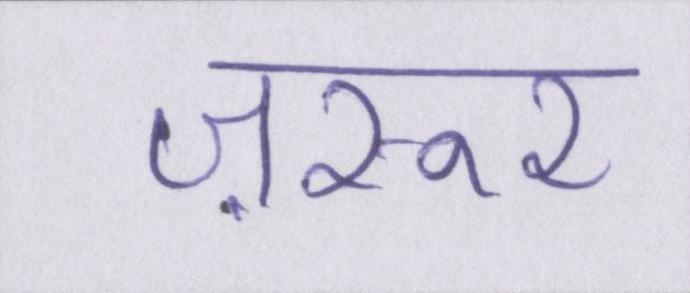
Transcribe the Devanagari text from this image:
ज़रूर